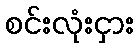
စင်းလုံးငှား